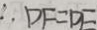
\therefore D F = D E